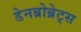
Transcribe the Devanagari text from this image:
डेनब्रोब्रेट्स